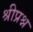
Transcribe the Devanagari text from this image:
श्रीप्रश्न